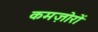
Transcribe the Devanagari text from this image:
कमज़ोरों